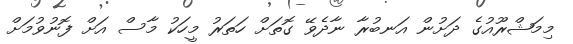
މިމަޝްރޫއުގެ ދަށުން އަނބުރާ ނާދެވޭ ގޮތަށް ހަތަރު މީހަކު މާސް އަށް ފޮނުވުމަށް